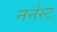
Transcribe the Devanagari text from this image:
नर्नस्ट